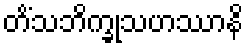
တိံသဘိက္ခုသဟဿာနိ